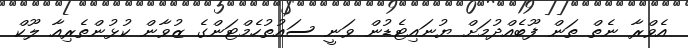
އެވްރާ ނެތް ތަން ފޫބެއްދުމަށް ޔުނައިޓެޑުން ވަނީ ސައުތުހެމްޓަންގެ ޒުވާން ކުޅުންތެރިއާ ލޫކް